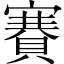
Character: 賽